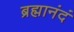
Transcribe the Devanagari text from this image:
ब्रह्मानंदं